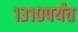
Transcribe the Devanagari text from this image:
१३१०पर्यंत